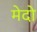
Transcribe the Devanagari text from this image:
मेदो